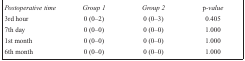
| Postoperative time | Group 1 | Group 2 | p-value |
 | --- | --- | --- | --- |
 | 3rd hour | 0 (0–2) | 0 (0–3) | 0.405 |
 | 7th day | 0 (0–0) | 0 (0–0) | 1.000 |
 | 1st month | 0 (0–0) | 0 (0–0) | 1.000 |
 | 6th month | 0 (0–0) | 0 (0–0) | 1.000 |